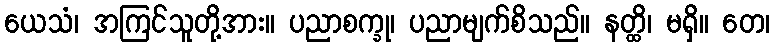
ယေသံ၊ အကြင်သူတို့အား။ ပညာစက္ခု၊ ပညာမျက်စိသည်။ နတ္ထိ၊ မရှိ။ တေ၊